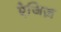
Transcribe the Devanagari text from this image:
ऐजिज़